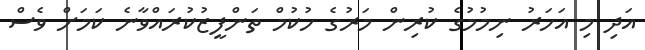
އަދި މި އަހަރު ނިމުމުގެ ކުރިން މަރުގެ ހުކުމް ތަންފީޒުކުރައްވާނެ ކަމަށް ވެސް